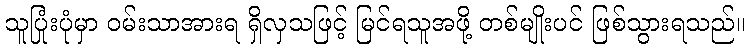
သူပြုံးပုံမှာ ဝမ်းသာအားရ ရှိလှသဖြင့် မြင်ရသူအဖို့ တစ်မျိုးပင် ဖြစ်သွားရသည်။